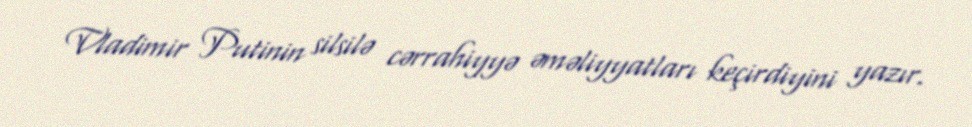
Vladimir Putinin silsilə cərrahiyyə əməliyyatları keçirdiyini yazır.